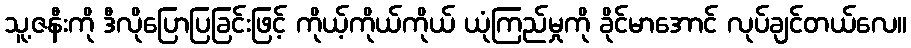
သူ့ဇနီးကို ဒီလိုပြောပြခြင်းဖြင့် ကိုယ့်ကိုယ်ကိုယ် ယုံကြည်မှုကို ခိုင်မာအောင် လုပ်ချင်တယ်လေ။